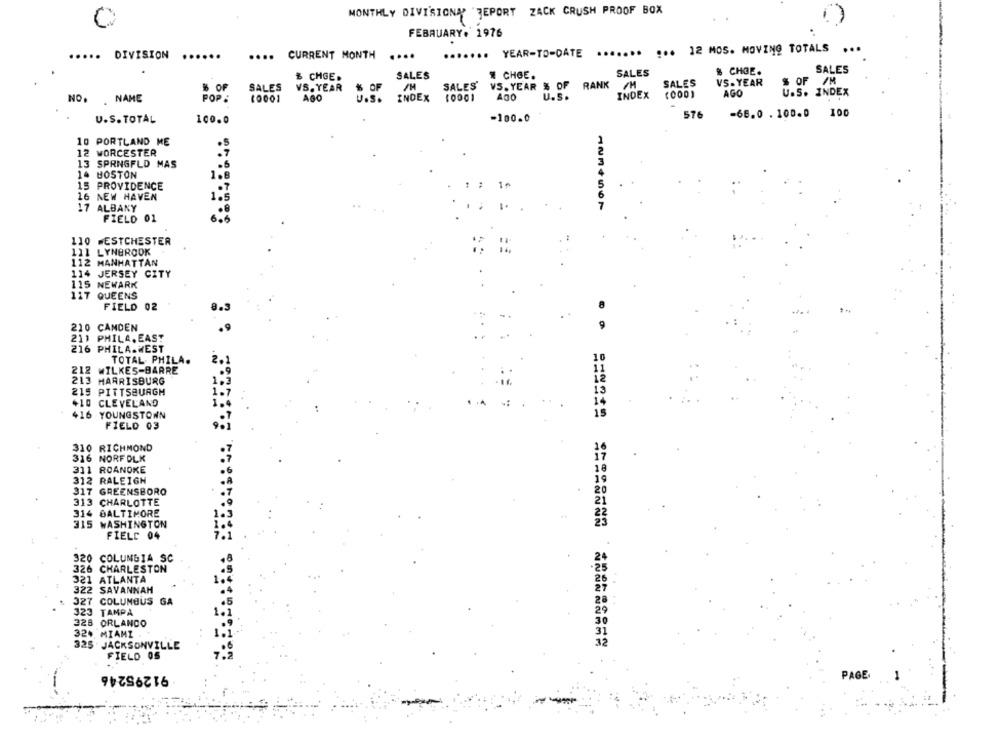
MONTHLY DIVISIONA REPORT ZACK CRUSH PROOF BOX
FEBRUARY. 1976
....... YEAR-TO-DATE
....... ... 12 MOS. MOVING TOTALS ...
...
DIVISION
....
.... CURRENT MONTH
.....
SALES
# CHCE.
SALES
& CHOE.
SALES
₺ CHGE.
SALES
VS. YEAR
$ OF /M
SALES
VS. YEAR
% OF
SALES'
AGO
AGO
INDEX
AGO
U.S. INDEX
NO. . NAME
POP:
10001
INDEX
100
U.S. TOTAL
-100.0
576
-66.0 . 100.0
100.0
10 PORTLAND ME
.5
12 WORCESTER
13
SPRNGFLD MAS
10
BOSTON
1.6
PROVIDENCE
16 NEW HAVEN
17 ALBANY
1234567
FIELD 01
110 WESTCHESTER
111 LYNBROOK
112 MANHATTAN
114 JERSEY CITY
115 NEWARK
117 QUEENS
FIELD 02
210 CAMDEN
211 PHILA. EAST
216 PHILA.WEST
TOTAL PHILA.
212
WILKES-BARRE
213 HARRISBURG
215 PITTSBURGH
+10 CLEVELAND
416
YOUNGSTOWN
FIELD 03
310 RICHMOND
316 NORFOLK
311 ROANOKE
312 RALEIGH
317 GREENSBORO
313 CHARLOTTE
314 BALTIMORE
315 WASHINGTON
FIELD 04
====== ====== 20
320 COLUMBIA SC
326 CHARLESTON
321 ATLANTA
322 SAVANNAH
327 COLUMBUS GA
323
TAMPA
328
ORLANDO
32.
MIAMI
325
JACKSONVILLE
FIELD 0S
91295246
PAGE.